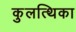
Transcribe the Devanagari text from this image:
कुलत्थिका